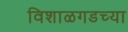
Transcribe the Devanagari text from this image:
विशाळगडच्या